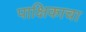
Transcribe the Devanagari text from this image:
पाक्षिकाचा